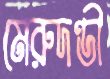
মেরুদণ্ডী